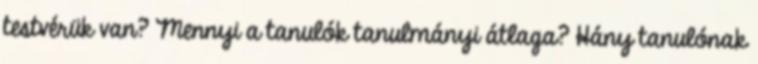
testvérük van? Mennyi a tanulók tanulmányi átlaga? Hány tanulónak